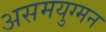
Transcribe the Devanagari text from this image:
असमयुग्मन